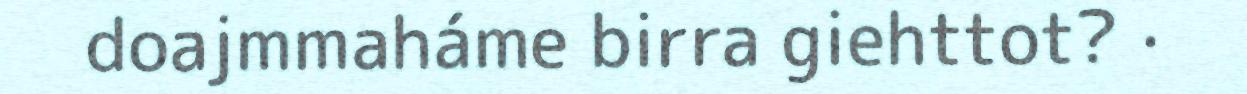
doajmmaháme birra giehttot? ·